Mental hospitals Bombay report 1921-28 - 1921-1928
Year: 1921
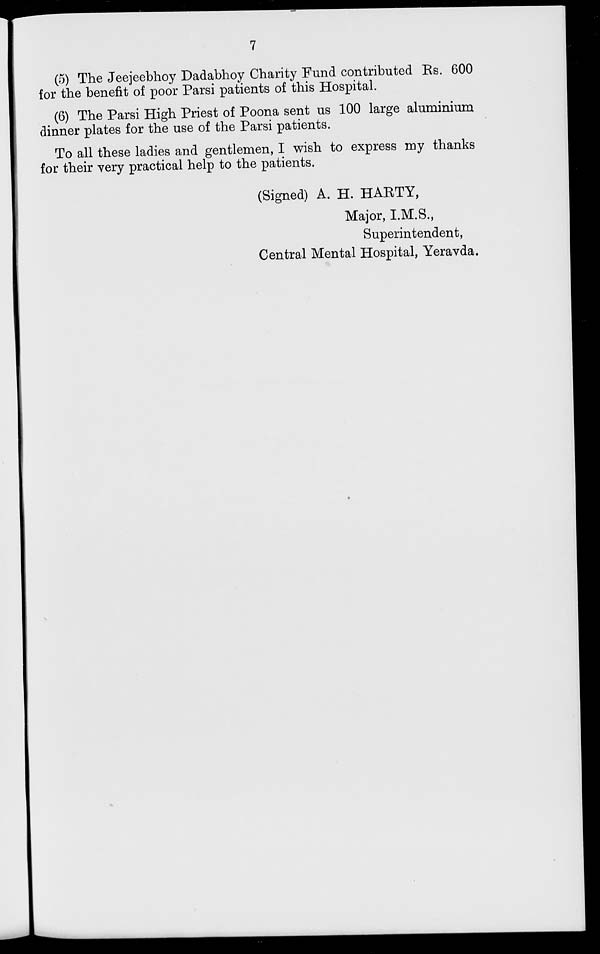
7
(5) The Jeejeebhoy Dadabhoy Charity Fund contributed Rs. 600
for the benefit of poor Parsi patients of this Hospital.
(6) The Parsi High Priest of Poona sent us 100 large aluminium
dinner plates for the use of the Parsi patients.
To all these ladies and gentlemen, I wish to express my thanks
for their very practical help to the patients.
(Signed) A. H. HARTY,
Major, I.M.S.,
Superintendent,
Central Mental Hospital, Yeravda.